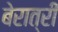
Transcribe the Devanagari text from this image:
बेरात्री